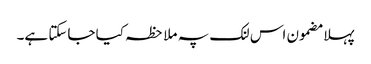
پہلا مضمون اس لنک پہ ملاحظہ کیا جاسکتا ہے۔